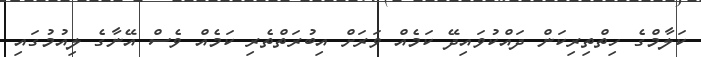
ކަލާމްގެ ހިތްތިރިކަން ދައްކުވައިދޭ ކަމެއް ވަރަށް އިބުރަތްތެރި ކަމެއް ވެސް އޭނާގެ ލިއުމުގައި